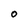
Character: O